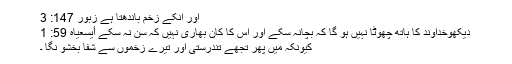
اور اُنکے زخم باندھتا ہے زبُور 147: 3
دیکھوخداوند کا ہاتھ چھوٹا نہیں ہو گا کہ بچانہ سکے اور اس کا کان بھاری نہیں کہ سن نہ سکے أیسعیاہ 59: 1
کیونکہ میں پھر تجھے تندرستی اور تیرے زخموں سے شفا بخشو نگا ۔